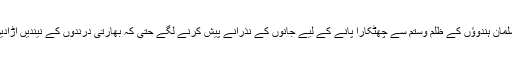
مسلمان ہندوؤں کے ظلم وستم سے چھٹکارا پانے کے لیے جانوں کے نذرانے پیش کرنے لگے حتیٰ کہ بھارتی درندوں کے نیندیں اُڑادیں۔